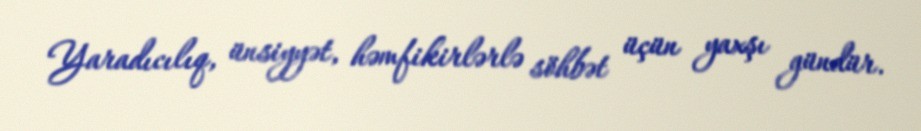
Yaradıcılıq, ünsiyyət, həmfikirlərlə söhbət üçün yaxşı gündür.